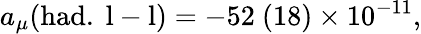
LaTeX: \displaystyle{a_{\mu}(\mathrm{had.~l-l})}=\displaystyle{-52\ (18)\times 10^{-11}},